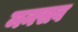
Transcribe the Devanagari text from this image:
मनसव